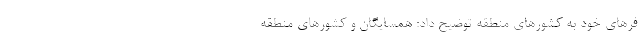
فر‌های خود به کشور‌های منطقه توضیح داد: همسایگان و کشور‌های منطقه